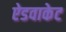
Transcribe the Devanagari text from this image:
ऐडवाकेट